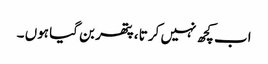
اب کچھ نہیں کرتا ، پتھر بن گیا ہوں ۔